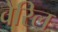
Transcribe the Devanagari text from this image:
वेरिल